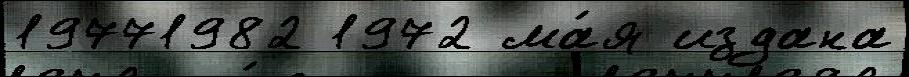
19771982 1972 ма́я издана